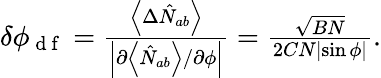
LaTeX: \begin{array}{r}{{\delta\phi_{\mathrm{~d~f~}}=\frac{\left\langle\Delta\hat{N}_{ab}\right\rangle}{\left\vert\partial\left\langle\hat{N}_{ab}\right\rangle/\partial\phi\right\vert}=\frac{\sqrt{BN}}{2CN\left\vert\sin\phi\right\vert}}.}\end{array}